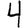
Digit: 4